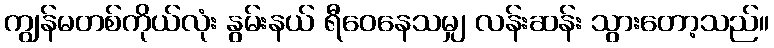
ကျွန်မတစ်ကိုယ်လုံး နွမ်းနယ် ရီဝေနေသမျှ လန်းဆန်း သွားတော့သည်။